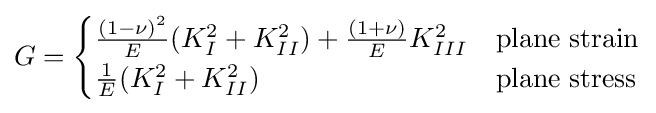
G={\begin{cases}{\frac {(1-\nu )^{2}}{E}}(K_{I}^{2}+K_{II}^{2})+{\frac {(1+\nu )}{E}}K_{III}^{2}&{\text{plane strain}}\\{\frac {1}{E}}(K_{I}^{2}+K_{II}^{2})&{\text{plane stress}}\end{cases}}